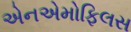
એનએમોફિલસ